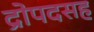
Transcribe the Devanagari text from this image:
द्रोपदसह